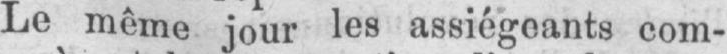
Le même jour les assiégeants com-